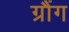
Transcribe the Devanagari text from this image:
ग्रौंग